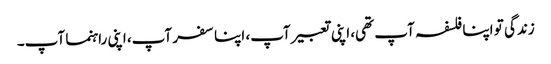
زندگی تو اپنا فلسفہ آپ تھی، اپنی تعبیر آپ، اپنا سفر آپ، اپنی راہنما آپ۔